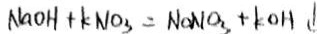
N a O H + k N O _ { 3 } = N a N O _ { 3 } + k O H \downarrow